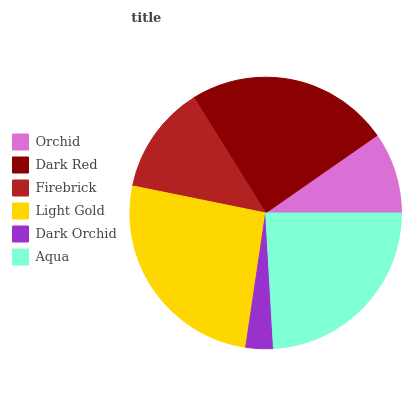
| Orchid | Dark Red | Firebrick | Light Gold | Dark Orchid | Aqua |
 | --- | --- | --- | --- | --- | --- |
 | 9.7% | 24.2% | 13% | 25.8% | 3.27% | 24.1% |